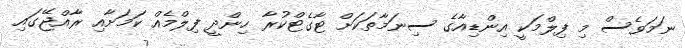
ނަމަވެސް މި ފިލްމަކީ އިންޑިއާގެ ސިނަމާތަކަށް ޓާގެޓްކުރާ ހިންދީ ފިލްމެއް ކަމަށާއި ރާއްޖޭގައި